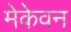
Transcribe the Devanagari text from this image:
मेकेवन